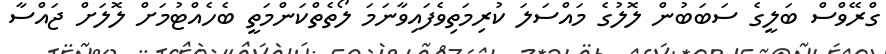
ގްރޭވްސް ބަލީގެ ސަބަބުން ލޮލުގެ މައްސަލަ ކުރިމަތިވެފައިވާނަމަ ލޯތެތްކަންމަތީ ބެހެއްޓުމަށް ލޮލަށް ޖައްސާ